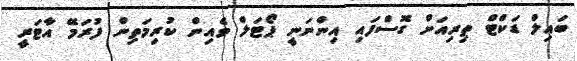
ބައިލް ޑަކްޓް ތިރިއަށް ގޮސްފައި އިންނަނީ ޕޯޓަލް ވެއިން ކުރިމަތިން ފުރަމޭ އާޓަރީ